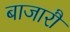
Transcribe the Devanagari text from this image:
बाजारौं